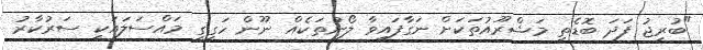
"ބުރިޖު ފަދަ ބޮޑެތި މަޝްރޫއުތަކަށް ނަގާފައިވާ ލޯނުތަކެއް ނޫން ހަގީގީ މައްސަލައަކީ ސަރުކާރު